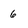
Character: 6